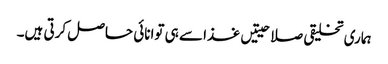
ہماری تخلیقی صلاحیتیں غذا سے ہی توانائی حاصل کرتی ہیں۔